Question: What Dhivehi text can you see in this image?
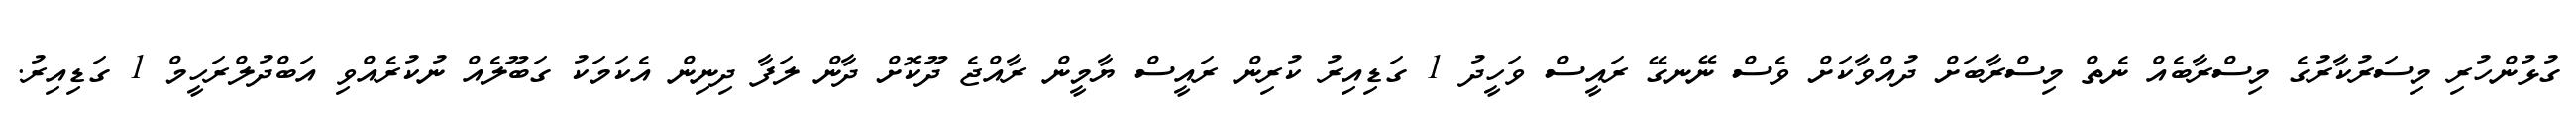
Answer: ގުޅުންހުރި މިސަރުކާރުގެ މިސްރާބެއް ނެތް މިސްރާބަށް ދުއްވާކަށް ވެސް ނޭނގޭ ރައީސް ވަހީދު 1 ގަޑިއިރު ކުރިން ރައީސް ޔާމީން ރާއްޖެ ދޫކޮށް ދާން ލަފާ ދިނިން އެކަމަކު ގަބޫލެއް ނުކުރެއްވި އަބްދުލްރަހީމް 1 ގަޑިއިރު.